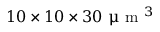
1 0 \times 1 0 \times 3 0 ~ \upmu \mathrm { ~ m ~ } ^ { 3 }